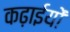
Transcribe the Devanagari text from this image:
कढ़ाईयों